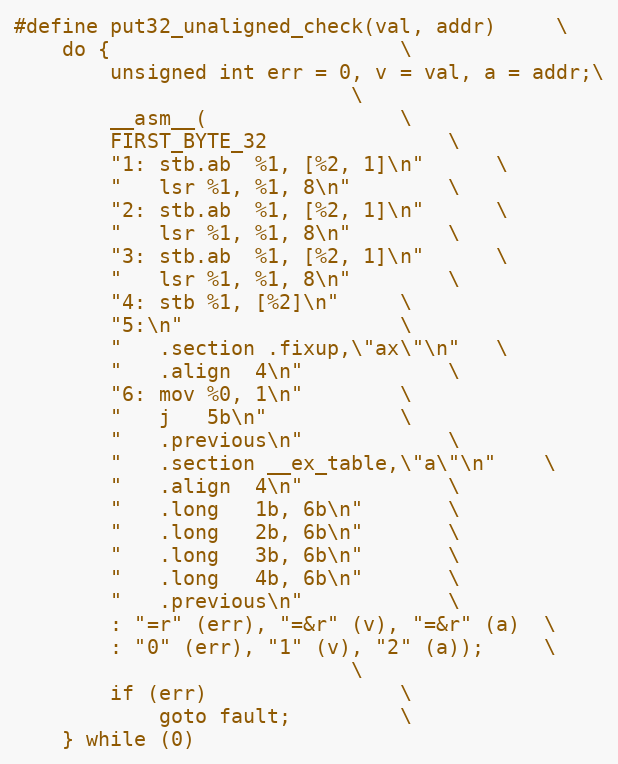
Language: C
#define put32_unaligned_check(val, addr)		\
	do {						\
		unsigned int err = 0, v = val, a = addr;\
							\
		__asm__(				\
		FIRST_BYTE_32				\
		"1:	stb.ab	%1, [%2, 1]\n"		\
		"	lsr %1, %1, 8\n"		\
		"2:	stb.ab	%1, [%2, 1]\n"		\
		"	lsr %1, %1, 8\n"		\
		"3:	stb.ab	%1, [%2, 1]\n"		\
		"	lsr %1, %1, 8\n"		\
		"4:	stb	%1, [%2]\n"		\
		"5:\n"					\
		"	.section .fixup,\"ax\"\n"	\
		"	.align	4\n"			\
		"6:	mov	%0, 1\n"		\
		"	j	5b\n"			\
		"	.previous\n"			\
		"	.section __ex_table,\"a\"\n"	\
		"	.align	4\n"			\
		"	.long	1b, 6b\n"		\
		"	.long	2b, 6b\n"		\
		"	.long	3b, 6b\n"		\
		"	.long	4b, 6b\n"		\
		"	.previous\n"			\
		: "=r" (err), "=&r" (v), "=&r" (a)	\
		: "0" (err), "1" (v), "2" (a));		\
							\
		if (err)				\
			goto fault;			\
	} while (0)